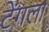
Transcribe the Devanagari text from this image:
टेंगला